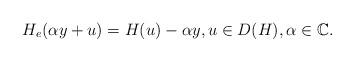
LaTeX: \begin{align*} H_e(\alpha y + u) = H(u)-\alpha y, u \in D(H), \alpha \in {\mathbb C}.\end{align*}